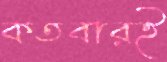
কতবারই